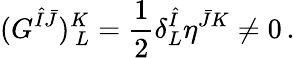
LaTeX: (G^{\hat{I}\bar{J}})_{~L}^{K}={\frac{1}{2}}\delta_{L}^{\hat{I}}\eta^{\bar{J}K}\neq 0\, .